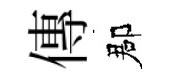
傳郡